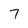
Character: 7